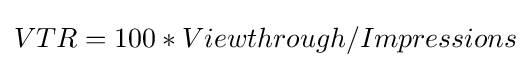
VTR=100*Viewthrough/Impressions